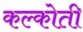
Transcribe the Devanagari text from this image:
कल्कोती